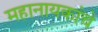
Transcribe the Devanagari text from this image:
महानायकांचे